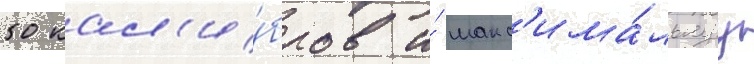
50 кал'и́бров и́ макс'има́льнуу